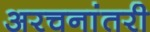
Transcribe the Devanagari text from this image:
अरचनांतरी